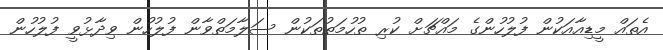
އެތައް މީޑިއާއަކުން ފުލުހުންގެ މައްޗަށް ކުރި ތުހުމަތުތަކުން ސަލާމަތްވާން ފުލުހުން ވިދާޅުވީ ފުލުހުން